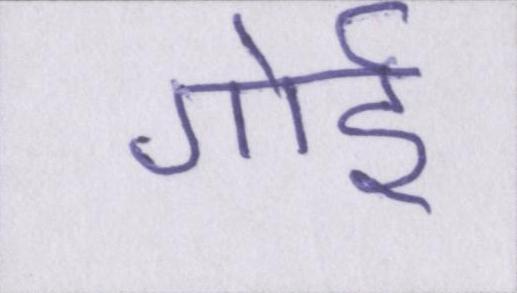
गोई